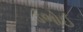
ડભોઈ